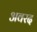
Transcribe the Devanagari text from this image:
अवरद